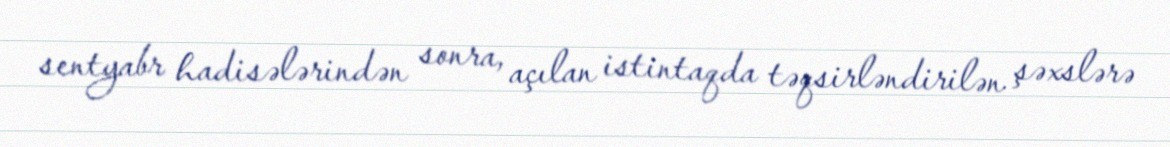
sentyabr hadisələrindən sonra, açılan istintaqda təqsirləndirilən şəxslərə